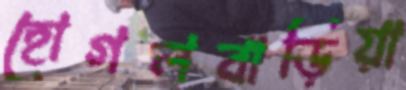
হোগলবাড়িয়া